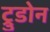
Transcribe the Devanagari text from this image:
ट्रुडोन